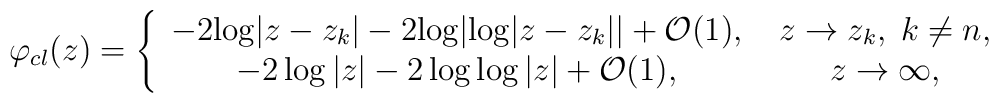
\varphi_{cl}(z) =\left\{\begin{array}{cc}-2{\log}|z-z_k|-2 {\log}|{\log}|z-z_k||+{\cal O}(1),\;& z\to z_k, \; k\ne n,\\-2\log|z|-2 \log\log|z|+{\cal O}(1),\;& z\to\infty, \end{array}\right.